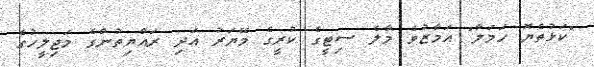
"ކަޅުތެޔޮ ހަމަލާ" އަމާޒުވެ މާލެ ސިޓީގެ ކުރީގެ މޭޔަރު އަދި ރައްޔިތުންގެ މަޖިލީހުގެ